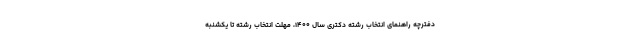
دفترچه راهنمای انتخاب رشته دکتری سال ۱۴۰۰، مهلت انتخاب رشته تا یکشنبه